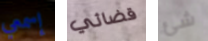
إسمعي قضائي شئ